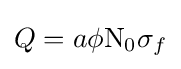
Q=a\phi \mathrm {N} _{0}\sigma _{f}